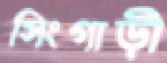
সিংগাড়ী